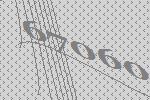
67060